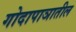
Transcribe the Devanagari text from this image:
गोदापाञातील